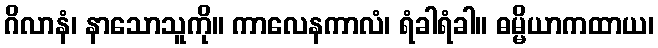
ဂိလာနံ၊ နာသောသူကို။ ကာလေနကာလံ၊ ရံခါရံခါ။ ဓမ္မိယာကထာယ၊